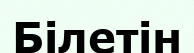
Білетін